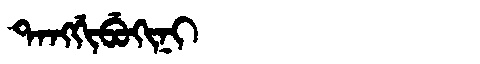
Manchu: ᡨᠠᠩᡤᡳᠪᡠᡴᡳᠨᡳ
Romanization: TANGGIBUKINI